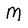
Character: M